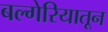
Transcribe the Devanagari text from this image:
बल्गेरियातून